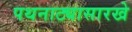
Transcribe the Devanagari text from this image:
पथनाट्यासारखे